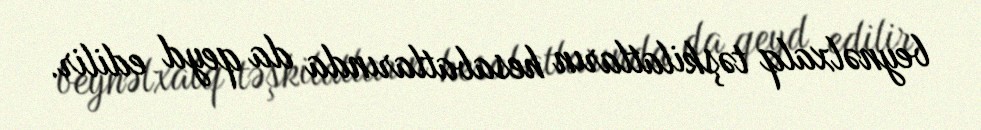
beynəlxalq təşkilatların hesabatlarında da qeyd edilir.